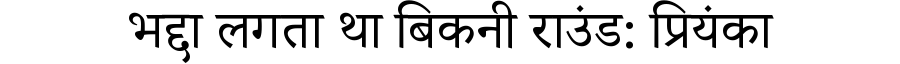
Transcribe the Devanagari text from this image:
भद्दा लगता था बिकनी राउंड: प्रियंका